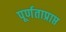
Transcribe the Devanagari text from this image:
पूर्णताप्राप्त